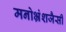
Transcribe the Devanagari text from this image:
मनोभ्रंशजैसी